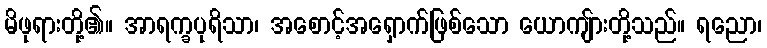
မိဖုရားတို့၏။ အာရက္ခပုရိသာ၊ အစောင့်အရှောက်ဖြစ်သော ယောကျ်ားတို့သည်။ ရညော၊